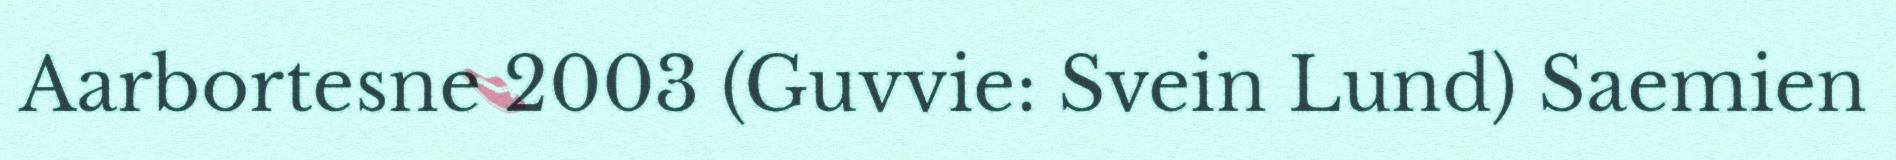
Aarbortesne 2003 (Guvvie: Svein Lund) Saemien